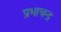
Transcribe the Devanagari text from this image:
प्रभाचन्द्र